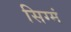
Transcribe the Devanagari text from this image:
सिग्मं